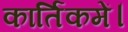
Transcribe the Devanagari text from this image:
कार्तिकमें।